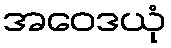
အဝေဒယုံ